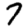
Digit: 7